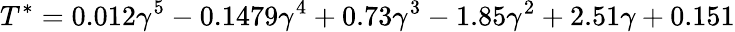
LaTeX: T^{*}=0.012\gamma^{5}-0.1479\gamma^{4}+0.73\gamma^{3}-1.85\gamma^{2}+2.51\gamma+0.151